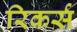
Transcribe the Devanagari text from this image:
रिकर्स